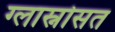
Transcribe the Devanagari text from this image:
ग्लास्नोसत